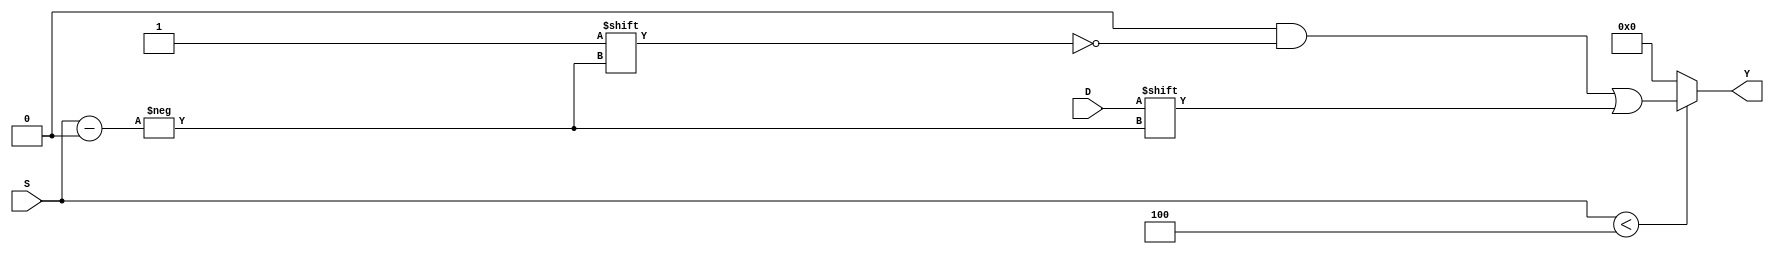
module ParameterizedDemux #(
    parameter N = 4  // Number of output lines
) (
    input wire D,                       // Data input
    input wire [$clog2(N)-1:0] S,      // Select lines
    output reg [N-1:0] Y                // Output lines
);

    always @(*) begin
        // Default all outputs to 0
        Y = {N{1'b0}};
        
        // Check if the select lines are valid
        if (S < N) begin
            Y[S] = D;  // Route data to the selected output
        end
        // If S >= N, Y remains 0 (or can be defined to another state)
    end

endmodule